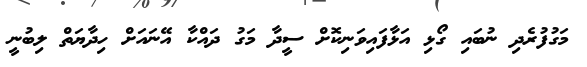
މަގުފުރެދި ނުބައި ގޯޅި އަޅާފައިވަނިކޮށް ސީދާ މަގު ދައްކާ އޭނައަށް ހިދާޔަތް ލިބުނީ